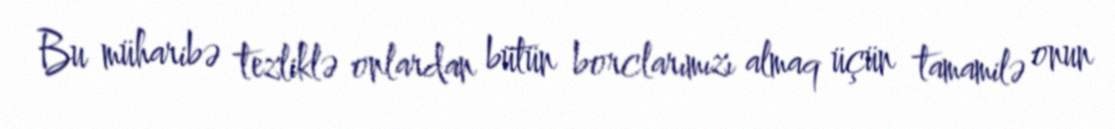
Bu müharibə tezliklə onlardan bütün borclarımızı almaq üçün tamamilə onun